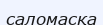
саломасқа